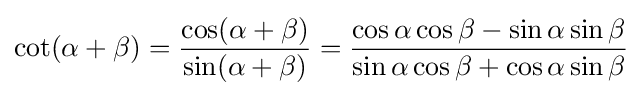
\cot(\alpha +\beta )={\frac {\cos(\alpha +\beta )}{\sin(\alpha +\beta )}}={\frac {\cos \alpha \cos \beta -\sin \alpha \sin \beta }{\sin \alpha \cos \beta +\cos \alpha \sin \beta }}